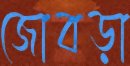
জোবড়া